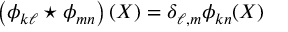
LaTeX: \left( \phi _ { k \ell } \star \phi _ { m n } \right) ( X ) = \delta _ { \ell , m } \phi _ { k n } ( X )